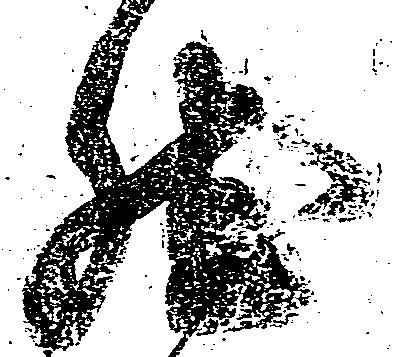
然